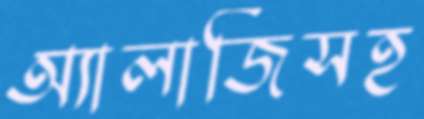
অ্যালার্জিসহ